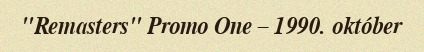
"Remasters" Promo One – 1990. október